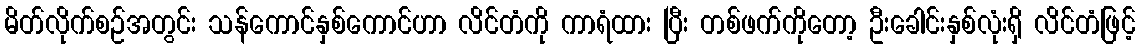
မိတ်လိုက်စဉ်အတွင်း သန်ကောင်နှစ်ကောင်ဟာ လိင်တံကို ကာရံထား ပြီး တစ်ဖက်ကိုတော့ ဦးခေါင်းနှစ်လုံးရှိ လိင်တံဖြင့်